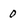
Character: 0